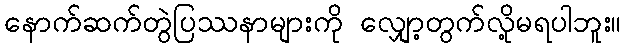
နောက်ဆက်တွဲပြဿနာများကို လျှော့တွက်လို့မရပါဘူး။